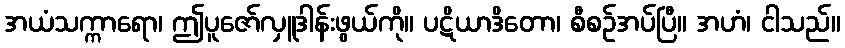
အယံသက္ကာရော၊ ဤပူဇော်လှူဒါန်းဖွယ်ကို။ ပဋိယာဒိတော၊ စီစဉ်အပ်ပြီ။ အဟံ၊ ငါသည်။